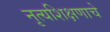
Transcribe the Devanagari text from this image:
नृत्यशिक्षणाचे